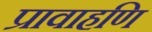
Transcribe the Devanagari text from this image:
प्रावाहणि